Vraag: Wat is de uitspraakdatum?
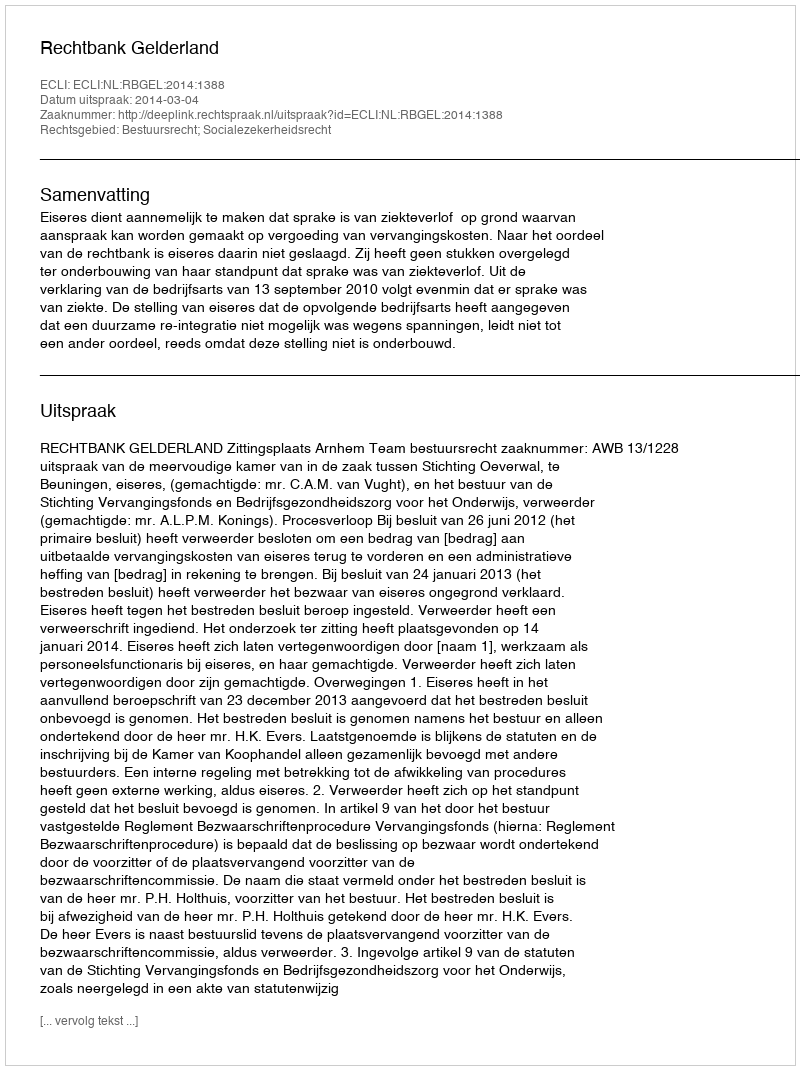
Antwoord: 2014-03-04